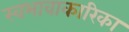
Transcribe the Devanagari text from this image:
स्वभावाकारिका